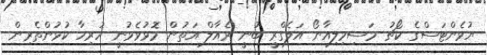
ޔުވެންޓަސްގެ ކޯޗު މަސިމިލިއާނޯ އަލެގްރީ ބުނީ ރެއާލް އަތުން މޮޅުވެވުނީ ހުރިހާ ކުޅުންތެރިން